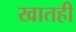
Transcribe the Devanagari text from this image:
खातही